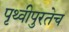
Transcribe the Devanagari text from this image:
पृथ्वीपुरतेच